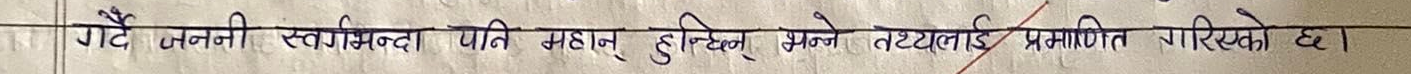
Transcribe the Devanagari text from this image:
गैै जननी स्वर्गभन्दा पनि महान हुन्छिन् भन्ने तथ्यलाई प्रमाणित गरिएको छ।